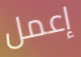
إعمل